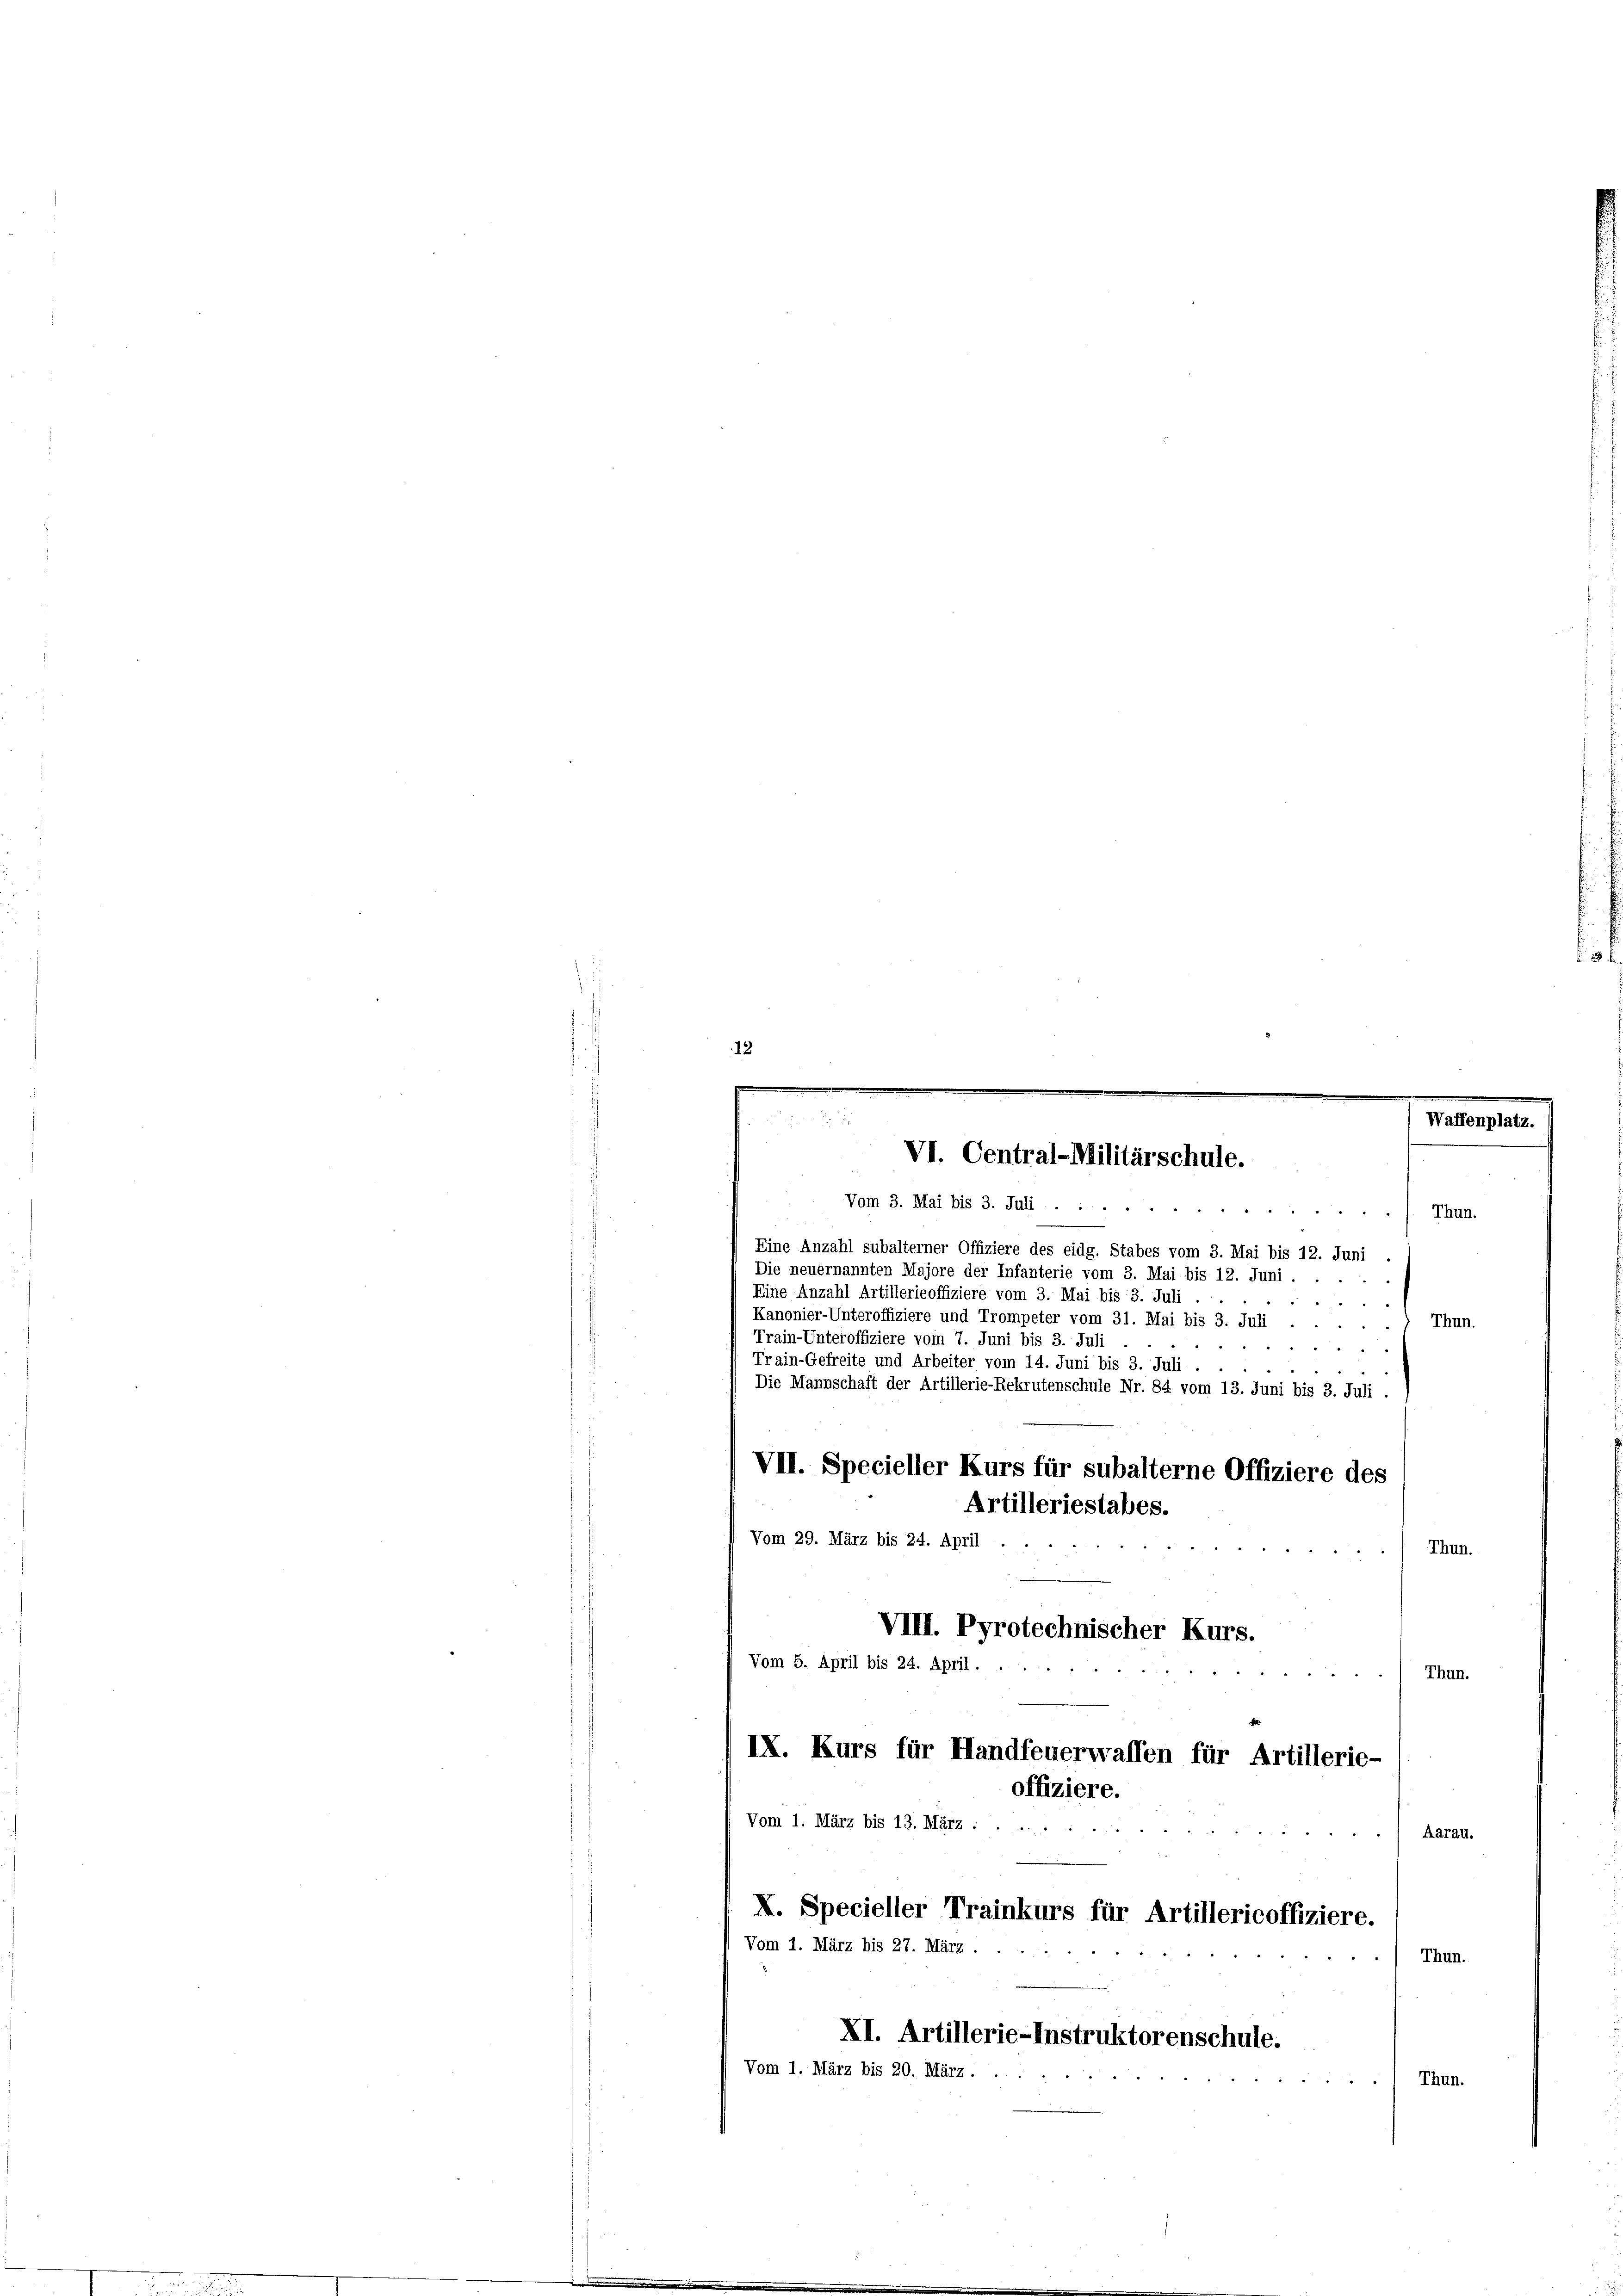
e
12
)
e
.
.
e

Waffenplatz.

Thun.

Eine Anzahl subalterner Offiziere des eidg. Stabes vom 3. Mai bis 12. Juni
Die neuernannten Majore der Infanterie vom 3. Mai bis 12. Juni.
Eine Anzahl Artillerieoffiziere vom 3. Mai bis 3. Juli.
15 " "
Kanonier-Unteroffiziere und Trompeter vom 31. Mai bis 3. Juli
Thun.
Train-Unteroffiziere vom 7. Juni bis 3. Juli
 " " " "
Train-Gefreite und Arbeiter vom 14. Juni bis 3. Juli . .
.
Die Mannschaft der Artillerie-Rekrutenschule Nr. 84 vom 13. Juni bis 3. Juli.
VII. Specieller Kurs für subalterne Offiziere des
Thun.
Thun.
IX. Kurs für Handfeuerwaffen für Artillerie-
offiziere.
Vom 1. März bis 13. März .....
Aarau.
X. Specieller Trainkurs für Artillericoffiziere.
Vom 1. März bis 27. März.
Thun.
XI. Artillerie-Instruktorenschule.
Vom 1. März bis 20. März.
Thun.

VI. Central-Militärschule.
Vom 3. Mai bis 3. Juli . .

Vom 29. März bis 24. April

VIII. Pyrotechnischer Kurs.
Vom 5. April bis 24. April . .

Artilleriestabes.